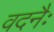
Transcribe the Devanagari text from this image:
वदनैः